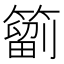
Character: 𥳩